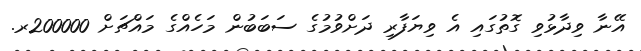
އޭނާ ވިދާޅުވި ގޮތުގައި އެ ވިޔަފާރި ދަށްވުމުގެ ސަބަބުން މަހެއްގެ މައްޗަށް 200000ރ.